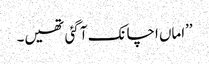
’’اماں اچانک آ گئی تھیں۔